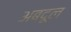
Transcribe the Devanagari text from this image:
अबदूल